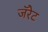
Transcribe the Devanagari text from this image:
जॅरेट